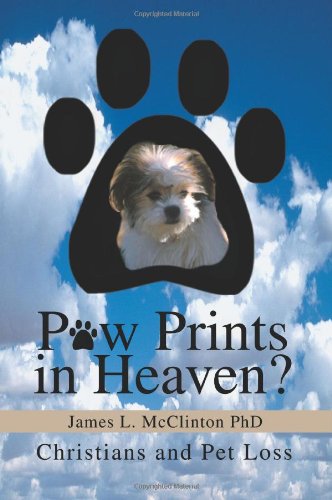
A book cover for Paw Prints in Heaven?: Christians and Pet Loss; James McClinton PhD; Crafts, Hobbies & Home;